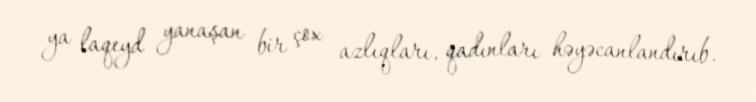
ya laqeyd yanaşan bir çox azlıqları, qadınları həyəcanlandırıb.